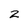
Character: 2